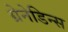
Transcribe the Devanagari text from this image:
ग्रेनेडिन्स